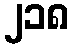
၂၁၈